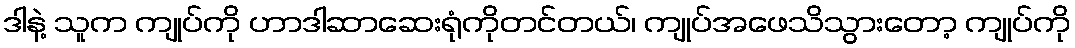
ဒါနဲ့ သူက ကျုပ်ကို ဟာဒါဆာဆေးရုံကိုတင်တယ်၊ ကျုပ်အဖေသိသွားတော့ ကျုပ်ကို